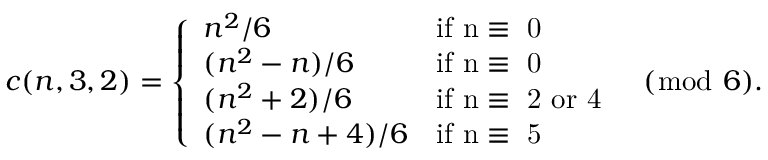
c ( n , 3 , 2 ) = \left\{ \begin{array} { l l } { n ^ { 2 } / 6 } & { \mathrm { i f ~ n \equiv ~ 0 ~ } } \\ { ( n ^ { 2 } - n ) / 6 } & { \mathrm { i f ~ n \equiv ~ 0 ~ } } \\ { ( n ^ { 2 } + 2 ) / 6 } & { \mathrm { i f ~ n \equiv ~ 2 ~ o r ~ 4 ~ } } \\ { ( n ^ { 2 } - n + 4 ) / 6 } & { \mathrm { i f ~ n \equiv ~ 5 ~ } } \end{array} \right. \ ( \bmod \ 6 ) .